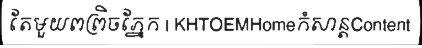
តែមួយពព្រិចភ្នែក | KHTOEMHomeកំសាន្តContent